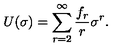
U ( \sigma ) = \sum _ { r = 2 } ^ { \infty } \frac { f _ { r } } { r } \sigma ^ { r } .